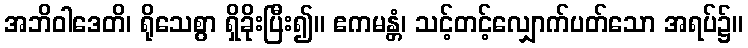
အဘိဝါဒေတိ၊ ရိုသေစွာ ရှိခိုးပြီး၍။ ဧကမန္တံ၊ သင့်တင့်လျှောက်ပတ်သော အရပ်၌။